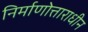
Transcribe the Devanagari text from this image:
निर्माणोत्ताराधीन